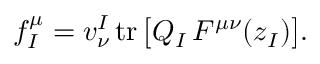
f _ { I } ^ { \mu } = v _ { \nu } ^ { I } \, \mathrm { t r } \, \bigl [ Q _ { I } \, F ^ { \mu \nu } ( z _ { I } ) \bigr ] .